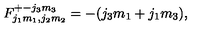
F _ { j _ { 1 } m _ { 1 } , j _ { 2 } m _ { 2 } } ^ { + - j _ { 3 } m _ { 3 } } = - ( j _ { 3 } m _ { 1 } + j _ { 1 } m _ { 3 } ) ,